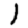
Digit: 1